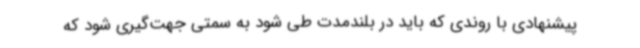
پیشنهادی با روندی که باید در بلندمدت طی شود به سمتی جهت‌گیری شود که